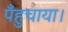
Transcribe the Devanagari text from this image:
पँहुचाया।